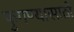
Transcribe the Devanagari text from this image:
फुगण्यासाठी